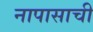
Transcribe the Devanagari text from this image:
नापासाची